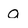
Character: a